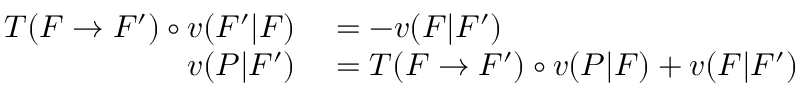
\begin{array} { r l } { T ( F \to F ^ { \prime } ) \circ v ( F ^ { \prime } | F ) } & { { } = - v ( F | F ^ { \prime } ) } \\ { v ( P | F ^ { \prime } ) } & { { } = T ( F \to F ^ { \prime } ) \circ v ( P | F ) + v ( F | F ^ { \prime } ) } \end{array}